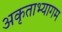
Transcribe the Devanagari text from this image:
अकृताभ्यागम